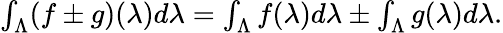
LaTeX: \begin{array}{r}{\int_{\Lambda}(f\pm g)(\lambda)d\lambda=\int_{\Lambda}f(\lambda)d\lambda\pm\int_{\Lambda}g(\lambda)d\lambda.}\end{array}